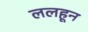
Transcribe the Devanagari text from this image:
ललहून